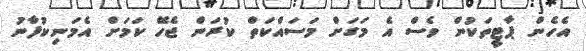
އެހެން ޕާޓީތަކުން ވެސް އެ މަަގަށް މަސައްކަތް ކުރަން ޖެހޭ ކަމަށް އެމަނިކުފާނު